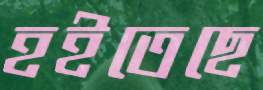
হইতেছে